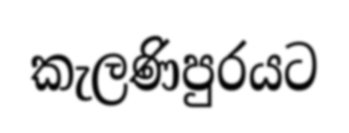
කැලණිපුරයට